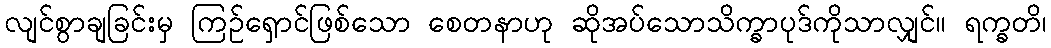
လျင်စွာချခြင်းမှ ကြဉ်ရှောင်ဖြစ်သော စေတနာဟု ဆိုအပ်သောသိက္ခာပုဒ်ကိုသာလျှင်။ ရက္ခတိ၊